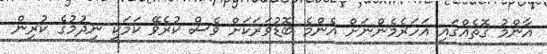
އާންމު ގޮތެއްގައި އަހަރެމެންނަށް އެންމެ ބޮޑުވަރަކަށް ވެސް ކުރެވޭ ކަމަކީ ނިދުމުގެ ކުރިން